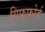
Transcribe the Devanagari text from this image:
गिफ़्फ़ोर्ड